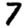
Digit: 7